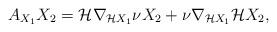
LaTeX: \begin{align*}A_{X_1} X_2= \mathcal{H} \nabla_{\mathcal{H}X_1} \nu X_2 + \nu \nabla_{\mathcal{H}X_1} \mathcal{H}X_2,\end{align*}